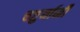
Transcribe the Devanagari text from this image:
चतुर्यामी